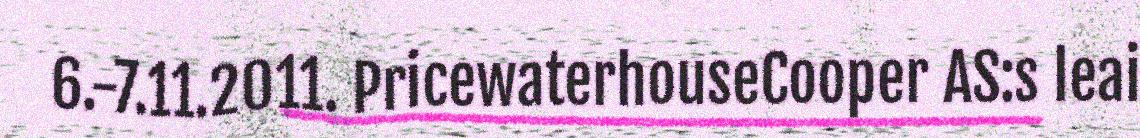
6.-7.11.2011. PricewaterhouseCooper AS:s leai